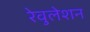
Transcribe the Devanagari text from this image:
रेवुलेशन